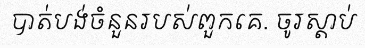
បាត់បង់ចំនួនរបស់ពួកគេ. ចូរស្តាប់